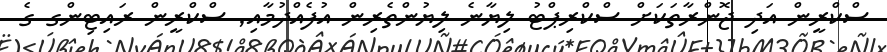
ސްކްރީން އަދި ޖޮންރާތަކަށް ސްކްރިޕްޓު ލިޔާނެ ލިޔުންތެރިން އުފެއްދުމާއި